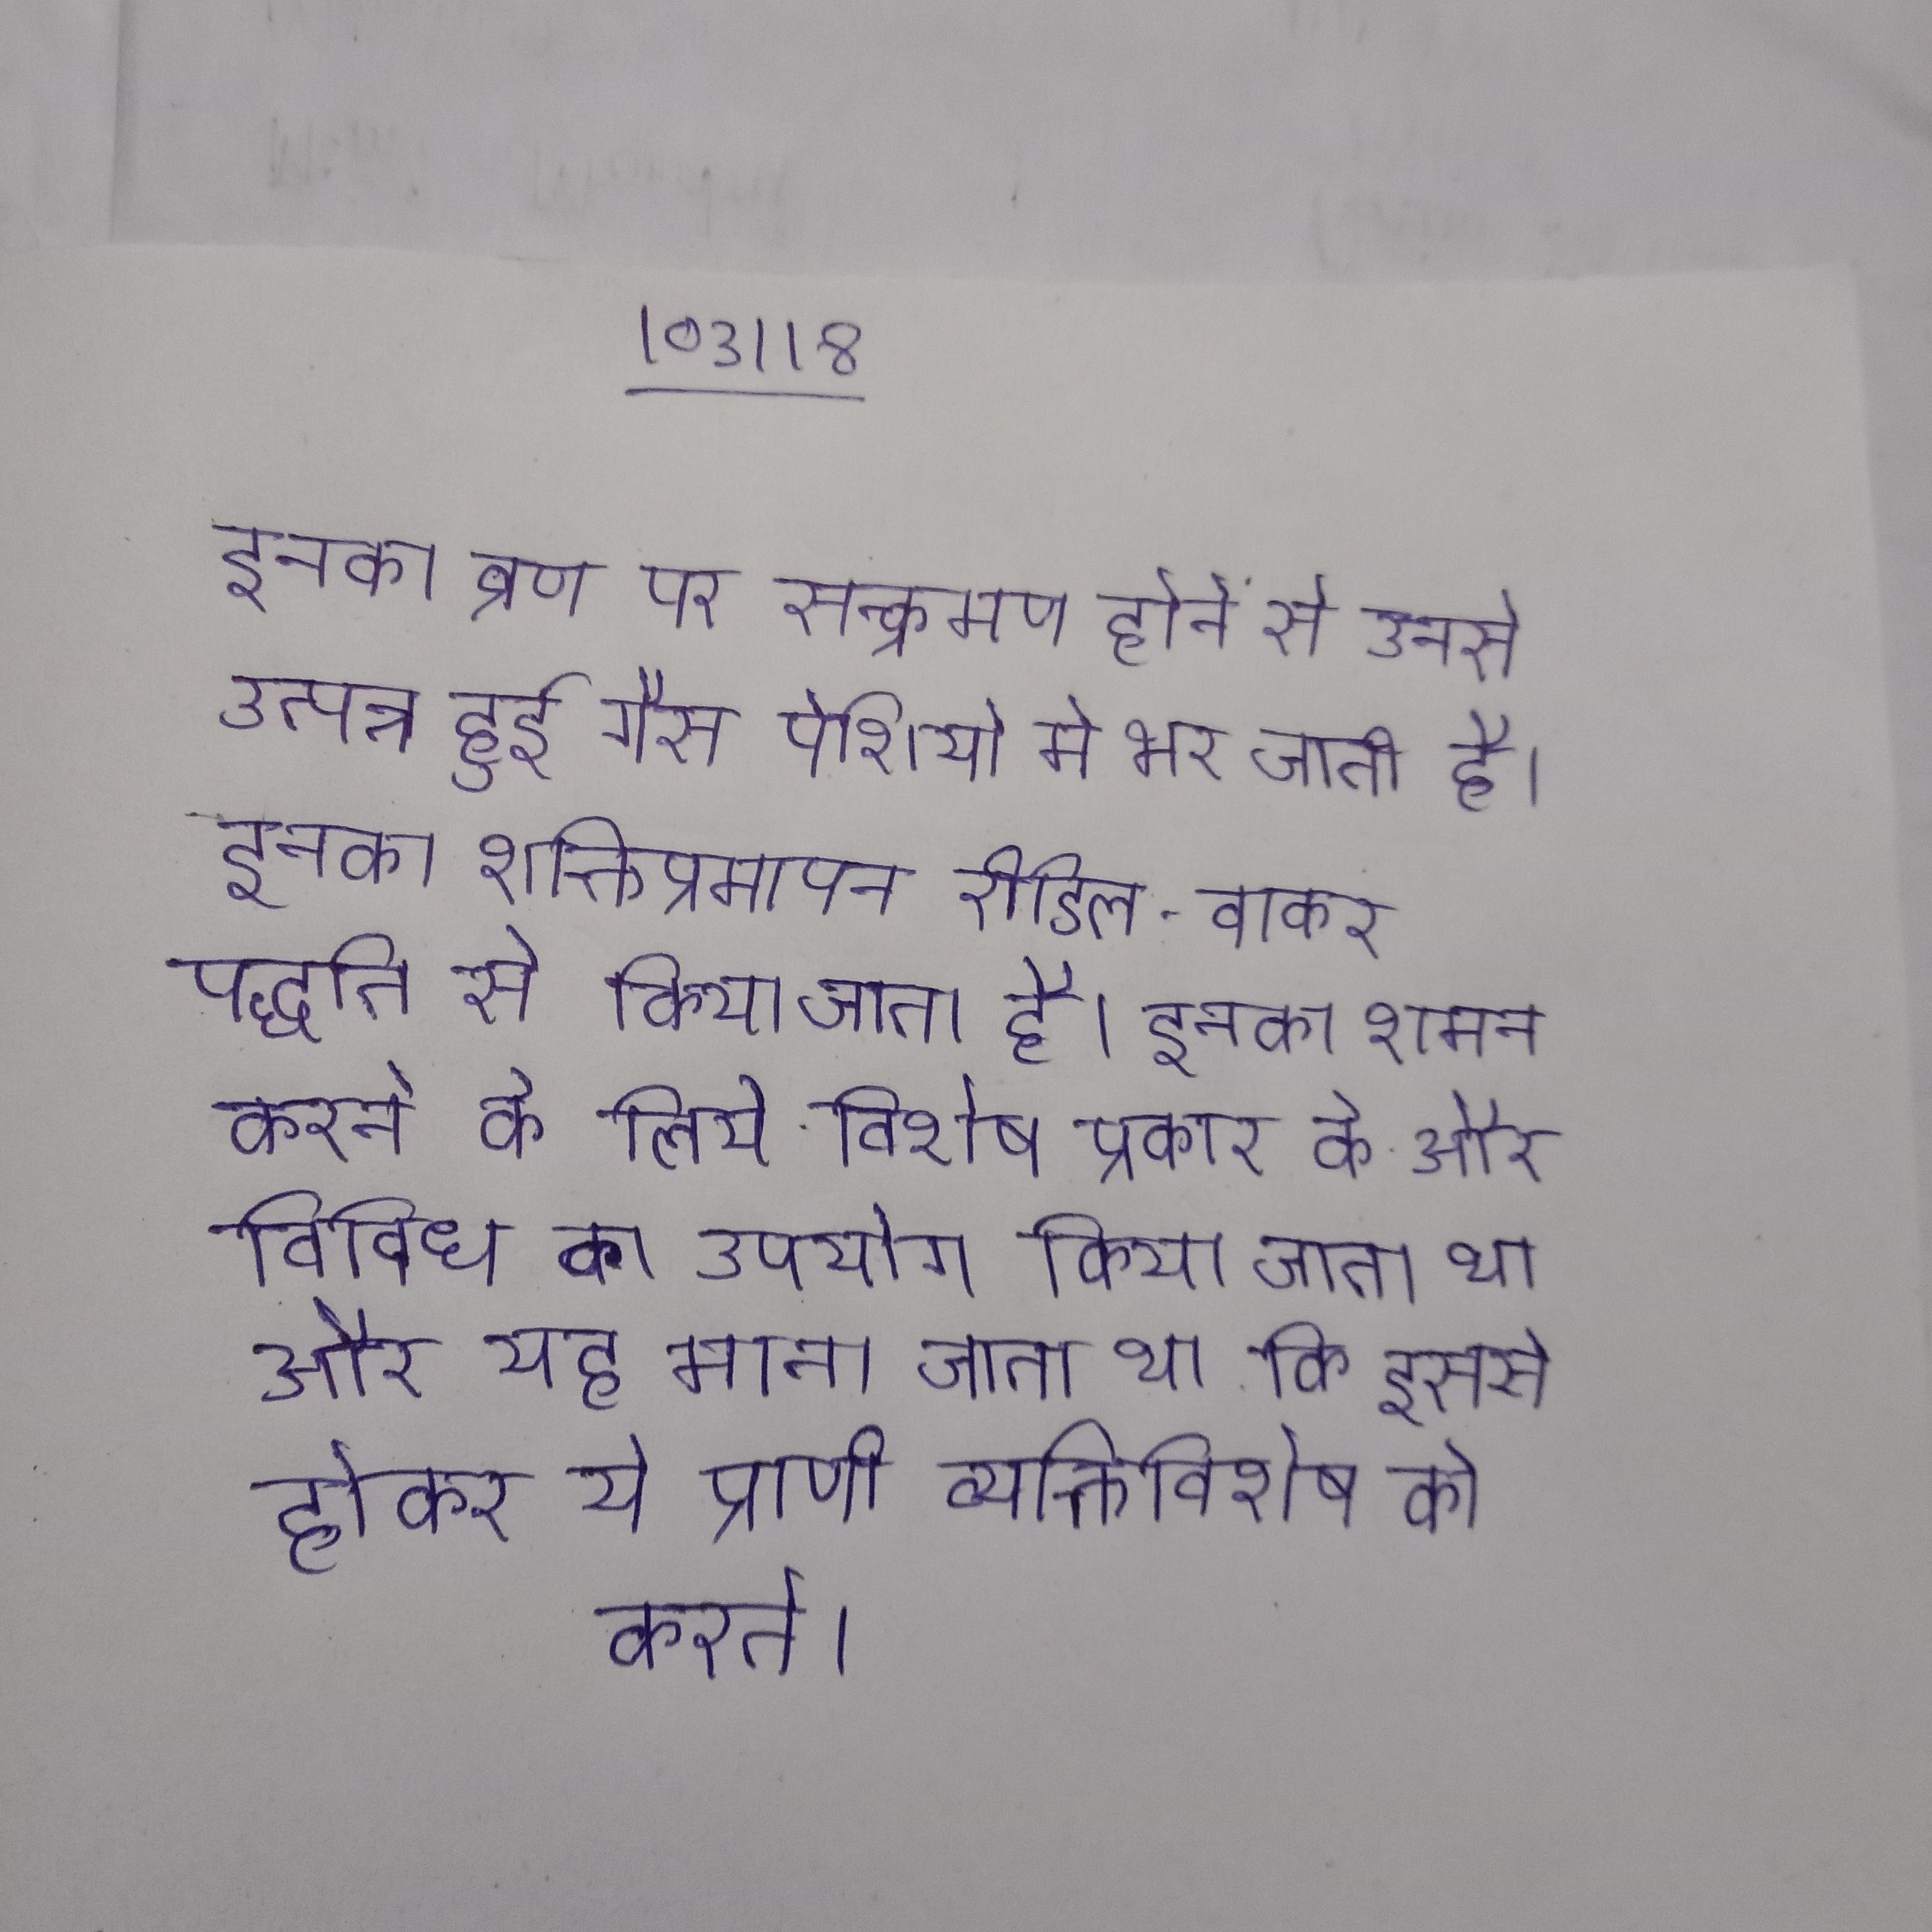
इनका व्रण पर सन्क्रमण होने से उनसे उत्पन्न हुई गैस पेशियो मे भर जाती है । इनका शक्तिप्रमापन रीडिल-वाकर पद्धति से किया जाता है । इनका शमन करने के लिये विशेष प्रकार के और विविधि का उपयोग किया जाता था और यह माना जाता था कि इससे होकर ये प्राणी व्यक्तिविशेष को करते ।